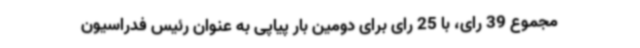
مجموع 39 رای، با 25 رای برای دومین بار پیاپی به عنوان رئیس فدراسیون